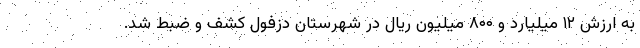
به ارزش ۱۲ میلیارد و ۸۰۰ میلیون ریال در شهرستان دزفول کشف و ضبط شد.